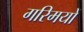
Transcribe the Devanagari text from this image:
गरिमयों